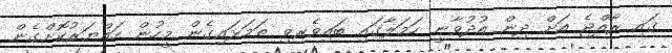
ގައި ރާއްޖެ އަށް ދިން އުދުވާނީ ހަމަލާގައި ބައިވެރިވި ތަމަޅައިގެން މީހުން ހައްޔަރުކޮށްގެން